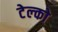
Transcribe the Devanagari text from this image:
टेल्‍को